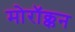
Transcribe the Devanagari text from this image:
मोरॉक्कन